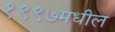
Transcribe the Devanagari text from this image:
१९९७मधील